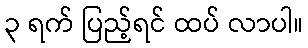
၃ ရက် ပြည့်ရင် ထပ် လာပါ။